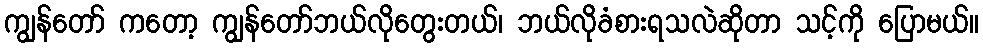
ကျွန်တော် ကတော့ ကျွန်တော်ဘယ်လိုတွေးတယ်၊ ဘယ်လိုခံစားရသလဲဆိုတာ သင့်ကို ပြောမယ်။